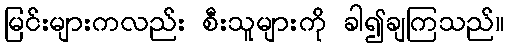
မြင်းများကလည်း စီးသူများကို ခါ၍ချကြသည်။